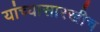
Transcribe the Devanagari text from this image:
यांच्यासारखीच